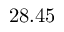
2 8 . 4 5